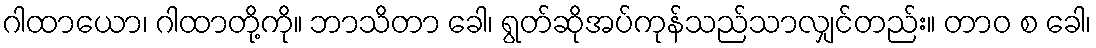
ဂါထာယော၊ ဂါထာတို့ကို။ ဘာသိတာ ခေါ၊ ရွတ်ဆိုအပ်ကုန်သည်သာလျှင်တည်း။ တာဝ စ ခေါ၊